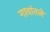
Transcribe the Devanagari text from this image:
गावांतले